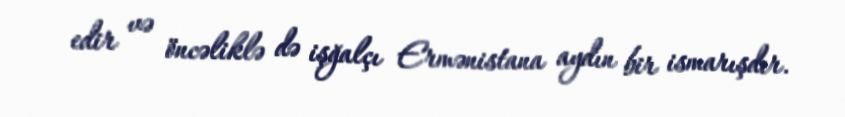
edir və öncəliklə də işğalçı Ermənistana aydın bir ismarışdır.